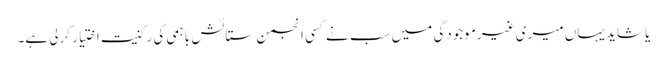
یا شاید یہاں میری غیر موجودگی میں سب نے کسی انجمن ستائش باہمی کی رکنیت اختیار کرلی ہے۔